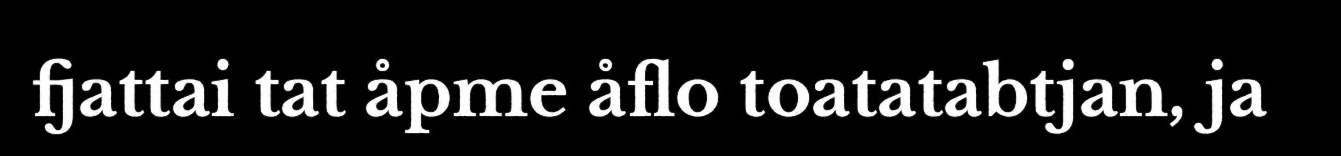
fjattai tat åpme åflo toatatabtjan, ja